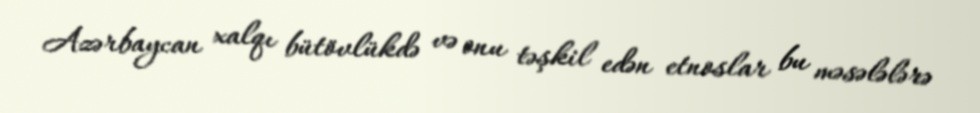
Azərbaycan xalqı bütövlükdə və onu təşkil edən etnoslar bu məsələlərə